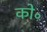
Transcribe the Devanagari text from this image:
को॰